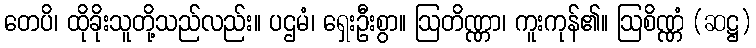
တေပိ၊ ထိုခိုးသူတို့သည်လည်း။ ပဌမံ၊ ရှေးဦးစွာ။ ဩတိဏ္ဏာ၊ ကူးကုန်၏။ ဩစိဏ္ဏံ (ဆဋ္ဌ)